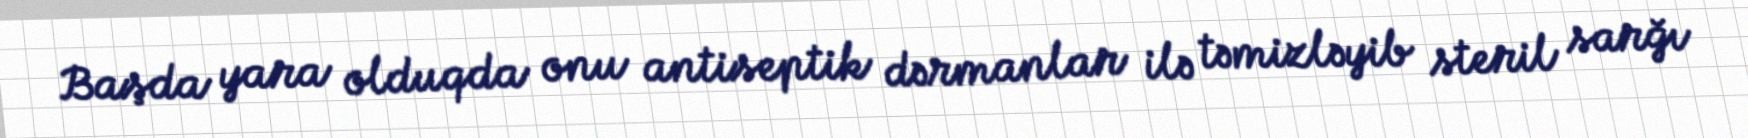
Başda yara olduqda onu antiseptik dərmanlar ilə təmizləyib steril sarğı